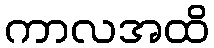
ကာလအထိ